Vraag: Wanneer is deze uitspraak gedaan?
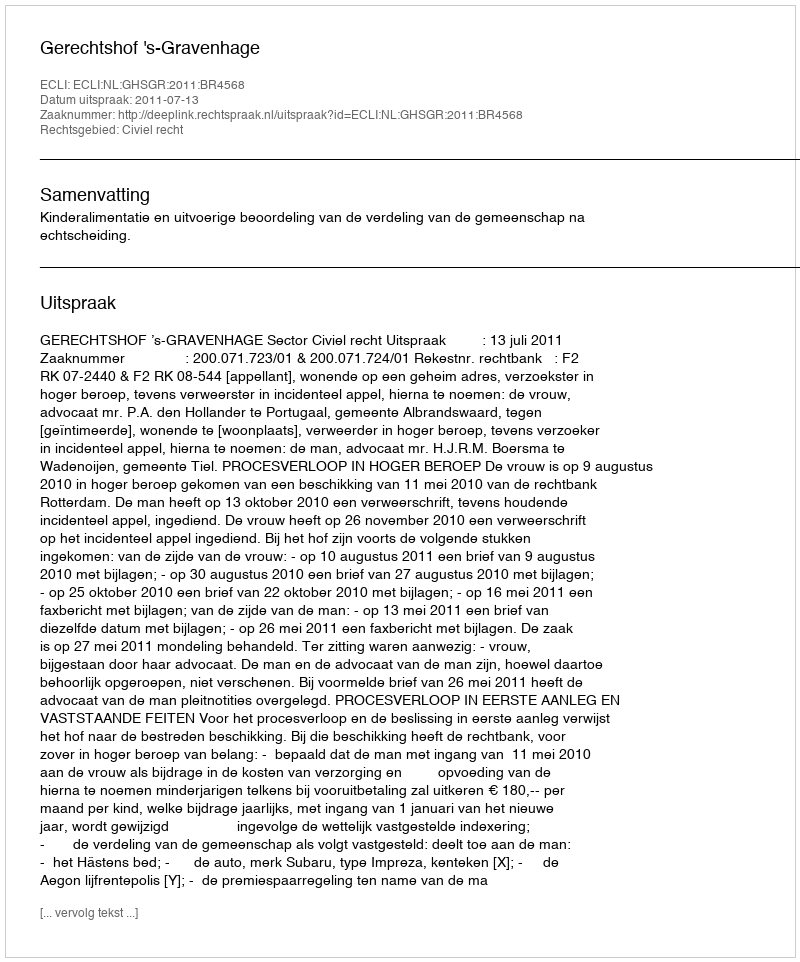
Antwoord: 2011-07-13